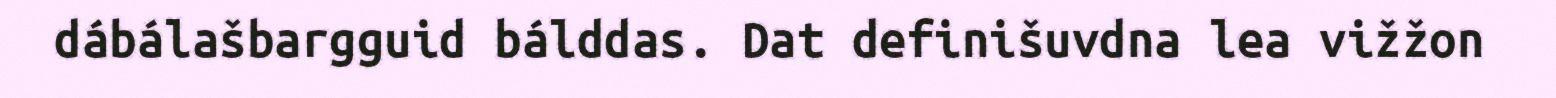
dábálašbargguid bálddas. Dat definišuvdna lea vižžon